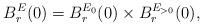
LaTeX: \begin{align*}B^E_r(0)=B^{E_0}_r(0)\times B^{E_{>0}}_r(0),\end{align*}